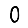
Digit: 0